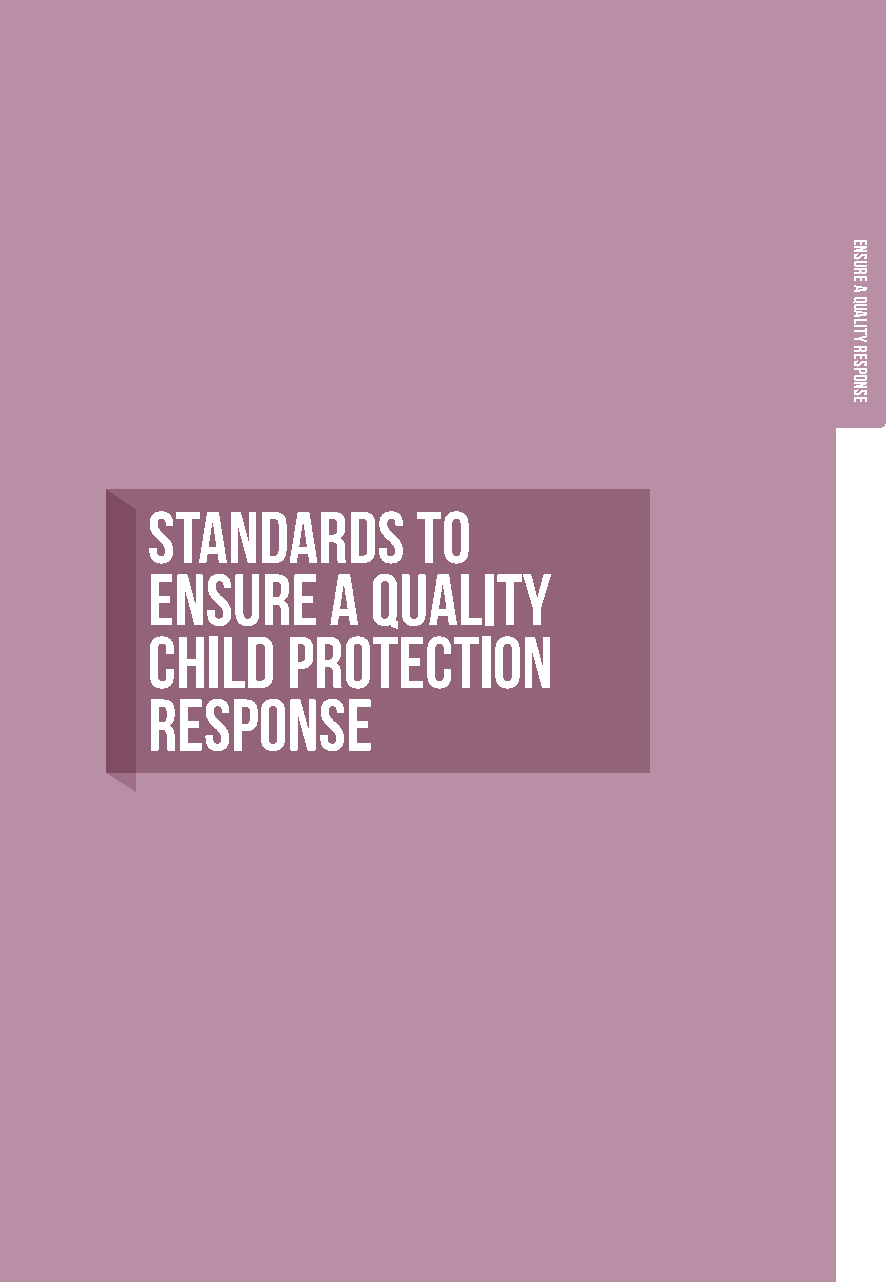
STANDARDS         TO
 ENSURE      A  QUALITY
 CHILD    PROTECTION
 RESPONSE
 Ensure
 a
 quality
 response